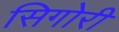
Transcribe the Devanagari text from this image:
सिगोरी